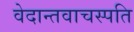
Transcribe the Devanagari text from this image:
वेदान्तवाचस्पति